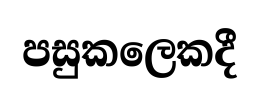
පසුකලෙකදී